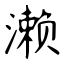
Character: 濑